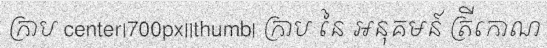
ក្រាប center|700px||thumb| ក្រាប នៃ អនុគមន៍ ត្រីកោណ